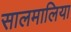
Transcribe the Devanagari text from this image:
सालमालिया